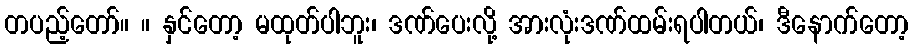
တပည့်တော်။ ။ နှင်တော့ မထုတ်ပါဘူး၊ ဒဏ်ပေးလို့ အားလုံးဒဏ်ထမ်းရပါတယ်၊ ဒီနောက်တော့